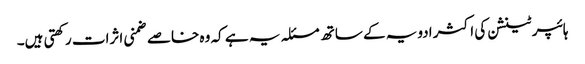
ہائپر ٹینشن کی اکثر ادویہ کے ساتھ مسئلہ یہ ہے کہ وہ خاصے ضمنی اثرات رکھتی ہیں۔